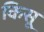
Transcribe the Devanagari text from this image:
किसू